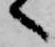
へ